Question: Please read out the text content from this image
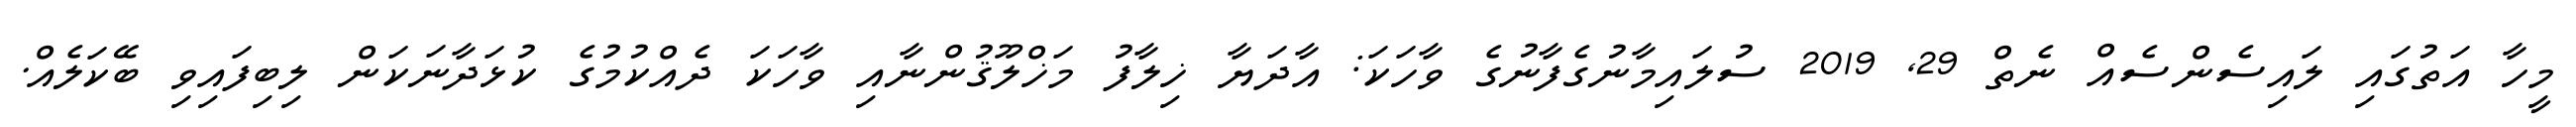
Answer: މީހާ އަތުގައި ލައިސެންސެއް ނެތް 29, 2019 ސުލައިމާނުގެފާނުގެ ވާހަކަ: އާދަޔާ ޚިލާފު މަޚްލޫޤުންނާއި ވާހަކަ ދެއްކުމުގެ ކުޅަދާނަކަން ލިބިފައިވި ބޭކަލެއް.